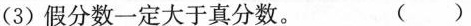
(3)假分数一定大于真分数。 ( )